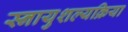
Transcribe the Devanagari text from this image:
स्नायुशल्यक्रिया